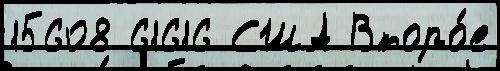
15608 61616 США Второ́е